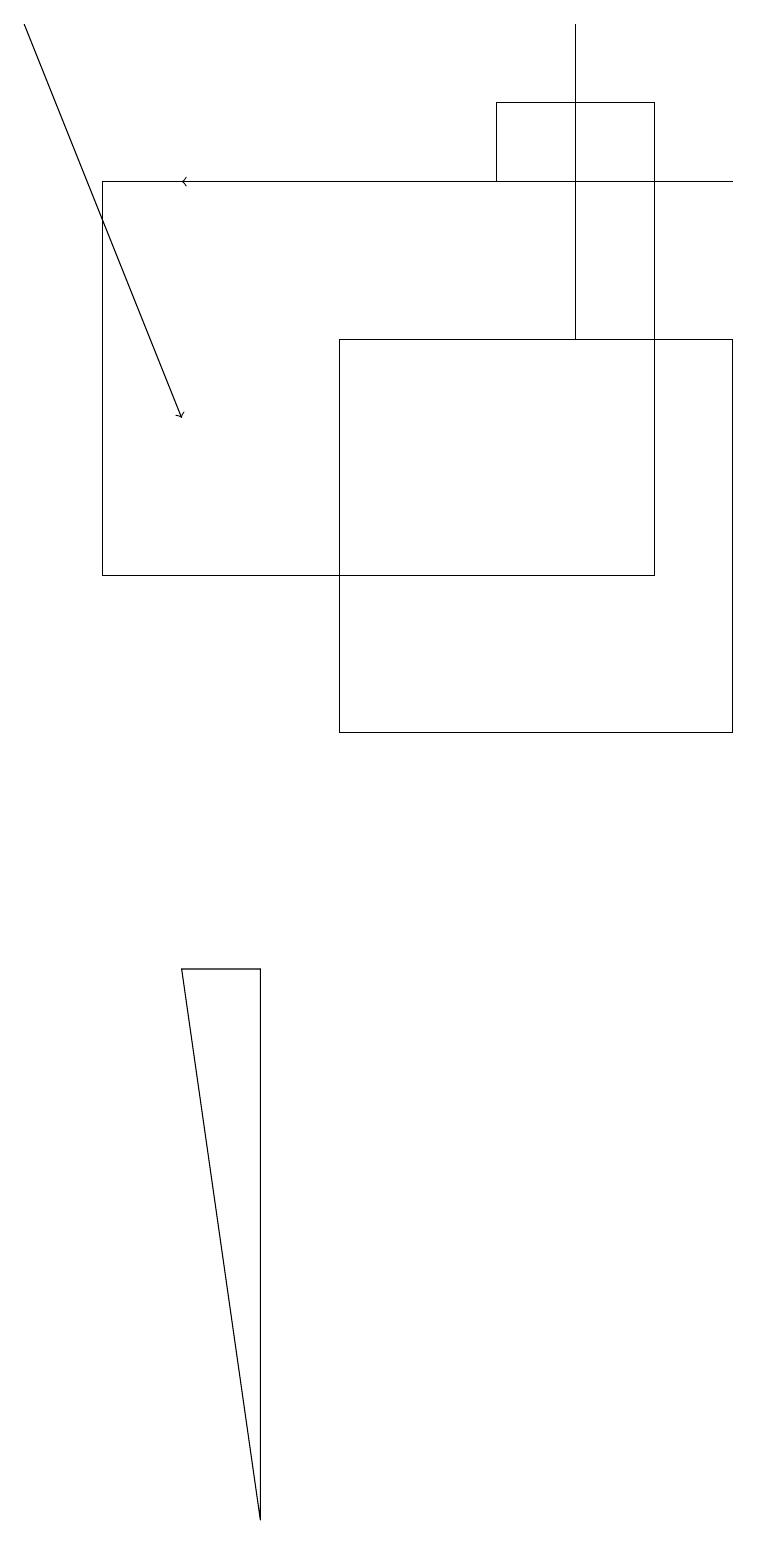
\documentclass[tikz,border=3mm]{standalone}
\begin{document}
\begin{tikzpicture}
\draw (9,10) rectangle (4,15);
\draw (7,15) rectangle (7,19);
\draw (1,12) rectangle (8,17);
\draw[->] (9,17) -- (2,17);
\draw (6,17) rectangle (8,18);
\draw (3,7) -- (2,7) -- (3,0) -- cycle;
\draw[->] (0,19) -- (2,14);
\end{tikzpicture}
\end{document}